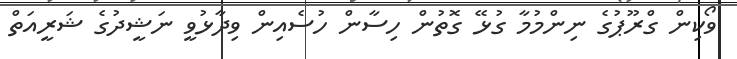
ވޯކިން ގްރޫޕުގެ ނިންމުމާ ގުޅޭ ގޮތުން ހިސާން ހުސެއިން ވިދާޅުވީ ނަޝީދުގެ ޝަރީއަތް